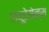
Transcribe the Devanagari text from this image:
ल्यूटेसेन्स